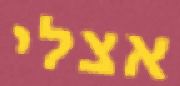
אצלי